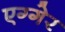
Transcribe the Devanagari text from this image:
एग्गेर